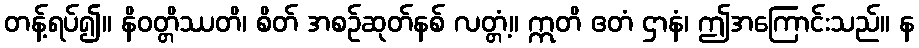
တန့်ရပ်၍။ နိဝတ္တိဿတိ၊ စိတ် အစဉ်ဆုတ်နစ် လတ္တံ့။ ဣတိ ဧတံ ဌာနံ၊ ဤအကြောင်းသည်။ န